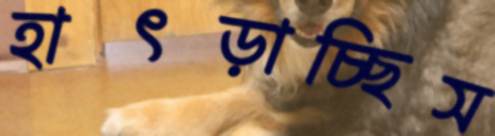
হাৎড়াচ্ছিস